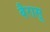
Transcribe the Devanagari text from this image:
बैरासू